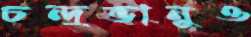
চন্দ্রভানুও